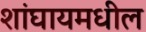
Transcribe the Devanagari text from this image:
शांघायमधील